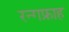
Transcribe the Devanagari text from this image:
रन्गफ्राह